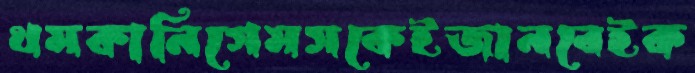
থমকানিগেমসকেইজানবেইক